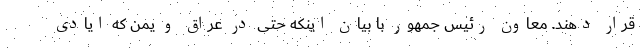
قرار دهند. معاون رئیس جمهور با بیان اینکه حتی در عراق و یمن که ایادی